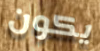
يكون